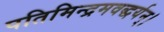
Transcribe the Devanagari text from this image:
पतिमिन्द्रमवद्धर्यन्।